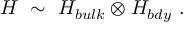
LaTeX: { \cal H } ~ \sim ~ { \cal H } _ { b u l k } \otimes { \cal H } _ { b d y } ~ .